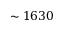
\sim 1 6 3 0